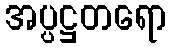
အပ္ပဋ္ဌတရော